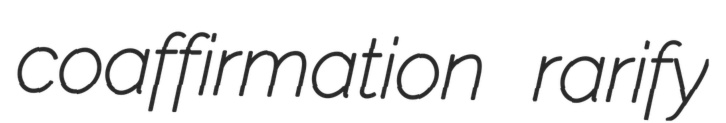
coaffirmation rarify